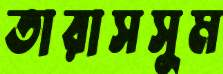
তারাসসুম